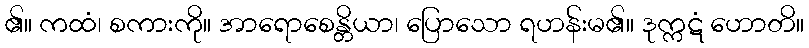
၏။ ကထံ၊ စကားကို။ အာရောစေန္တိယာ၊ ပြောသော ရဟန်းမ၏။ ဒုက္ကဋံ ဟောတိ။